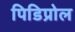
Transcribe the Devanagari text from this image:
पिडिप्रोल